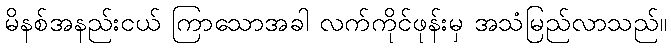
မိနစ်အနည်းငယ် ကြာသောအခါ လက်ကိုင်ဖုန်းမှ အသံမြည်လာသည်။